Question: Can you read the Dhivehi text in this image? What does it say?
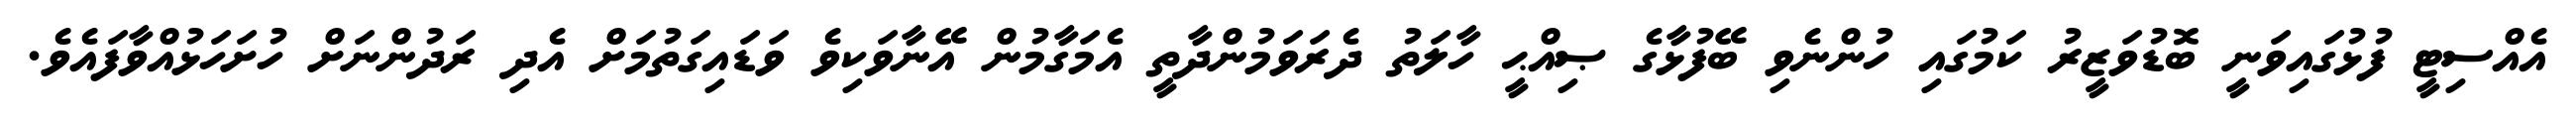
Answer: އެއްސިޓީ ފުޅުގައިވަނީ ބޮޑުވަޒީރު ކަމުގައި ހުންނެވި ބޭފުޅާގެ ޞިއްޙީ ހާލަތު ދެރަވަމުންދާތީ އެމަގާމުން އޭނާވަކިވެ ވަޑައިގަތުމަށް އެދި ރަދުންނަށް ހުށަހަޅުއްވާފައެވެ.